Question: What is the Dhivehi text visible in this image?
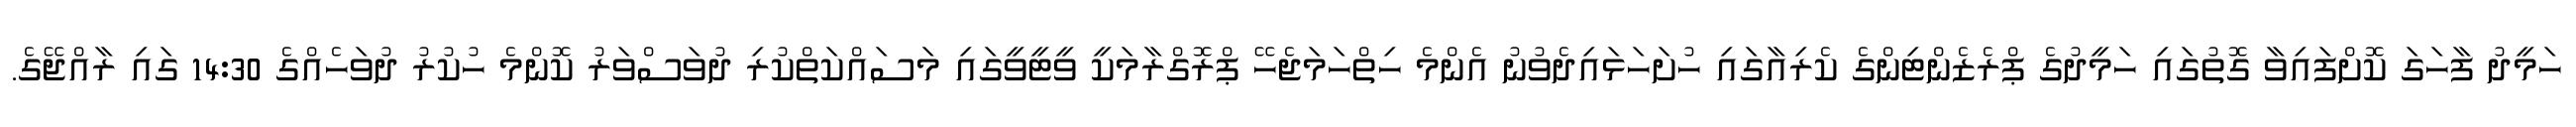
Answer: ހަމީދު ފާހަގަ ކޮށްފައިވާ ގޮތުގައި ހަމީދުގެ ޕްރެޒެންޓިންގެ ކެރިއާގައި ހުށަހަޅައިދެވުނު އެންމެ ހިތްހަމަޖެހޭ ޕްރޮގްރާމަކީ ވީޓީވީގައި މަސައްކަތްކުރި ދުވަސްވަރު ކޮންމެ ހުކުރު ދުވަހެއްގެ 14:30 ގައި ރާއްޖޭގެ.